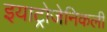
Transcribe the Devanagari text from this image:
इयाट्रोजेनिकली